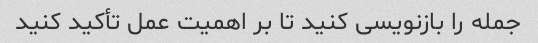
جمله را بازنویسی کنید تا بر اهمیت عمل تأکید کنید